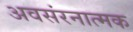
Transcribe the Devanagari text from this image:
अवसंरनात्मक